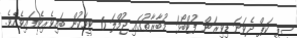
ސީޕީ ކަޕް ދެވަނަ ޑިވިޜަން ފުޓްބޯޅަ މުބާރާތުގައި ޖުމްލަ 6 ޓީމަކުން ބައިވެރިވެފައިވެއެވެ.